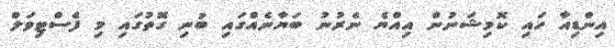
އިންޑިއާ ހައި ކޮމިޝަނުން އިއްޔެ ނެރުނު ބަޔާނެއްގައި ބުނި ގޮތުގައި މި ފެސްޓިވަލް